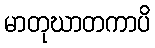
မာတုဃာတကာပိ